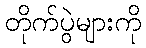
တိုက်ပွဲများကို